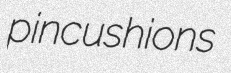
pincushions